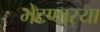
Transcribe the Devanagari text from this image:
भेटणार्‍या